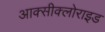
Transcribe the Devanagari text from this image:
आक्‍सीक्‍लोराइड